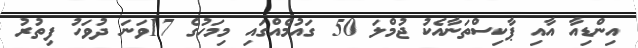
އިންޑިއާ އާއި ޕާކިސްތަނާއެކު ޖުމްލަ 50 ގައުމެއްގައި މިމަހުގެ 17ވަނަ ދުވަހު ފިތުރު